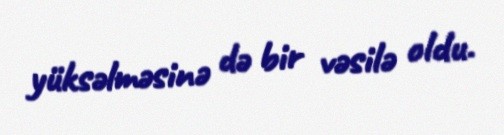
yüksəlməsinə də bir vəsilə oldu.